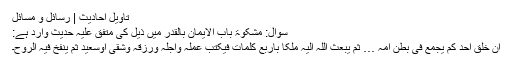
تاویل احادیث | رسائل و مسائل
سوال: مشکوٰۃ باب الایمان بالقدر میں ذیل کی متفق علیہ حدیث وارد ہے:
ان خلق احد کم یجمع فی بطن امہ … ثم یبعث اللہ الیہ ملکا باربع کلمات فیکتب عملہ واجلہ ورزقہ وشقی اوسعید ثم ینفخ فیہ الروح۔